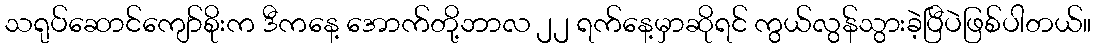
သရုပ်ဆောင်ကျော်စိုးက ဒီကနေ့ အောက်တို့ဘာလ ၂၂ ရက်နေ့မှာဆိုရင် ကွယ်လွန်သွားခဲ့ပြီပဲဖြစ်ပါတယ်။